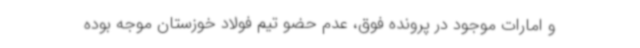
و امارات موجود در پرونده فوق، عدم حضو تیم فولاد خوزستان موجه بوده